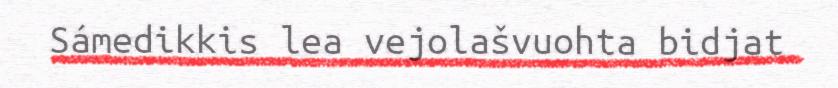
Sámedikkis lea vejolašvuohta bidjat